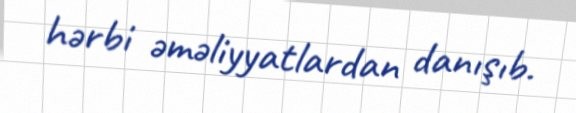
hərbi əməliyyatlardan danışıb.